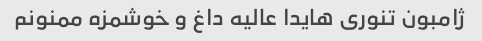
ژامبون تنوری هایدا عالیه داغ و خوشمزه ممنونم